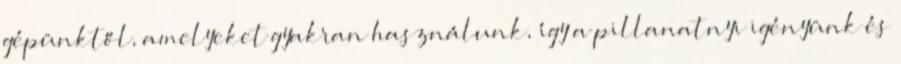
gépünktől, amelyeket gyakran használunk, így a pillanatnyi igényünk és